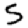
Digit: 5